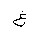
Letter: _gayn